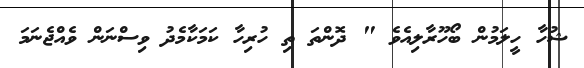
ޝުހާ ހީލަމުން ބޯހޫރާލިއެވެ " ދޮންތަ ތި ހުރިހާ ކަމަކާމެދު ވިސްނަން ވެއްޖެނަމަ